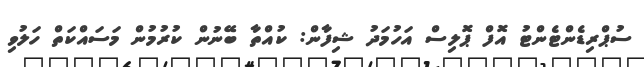
ސުޕްރިޑެންޓެންޓު އޮފް ޕޮލިސް އަހުމަދު ޝިފާން: ކުއްތާ ބޭނުން ކުރުމުން މަސައްކަތް ހަލުވި